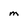
Character: m